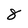
Character: 8